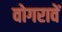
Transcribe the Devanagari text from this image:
वोगरावें